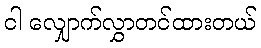
ငါ လျှောက်လွှာတင်ထားတယ်